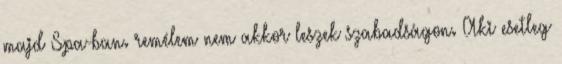
majd Spa-ban. remélem nem akkor leszek szabadságon. Aki esetleg